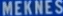
MEKNES